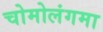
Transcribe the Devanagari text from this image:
चोमोलंगमा